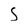
Character: S